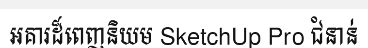
អគារដ៏ពេញនិយម SketchUp Pro ជំនាន់